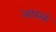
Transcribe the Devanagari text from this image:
आस्लं